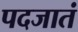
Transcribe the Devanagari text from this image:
पदजातं